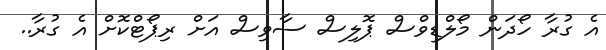
އެ ގުރާ ހޯދަން މޯލްޑިވްސް ޕޮލިސް ސާވިސް އަށް ރިޕޯޓްކޮށް އެ ގުރާ..